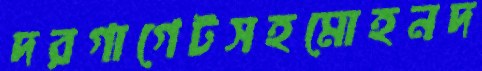
দরগাগেটসহমোহনদ